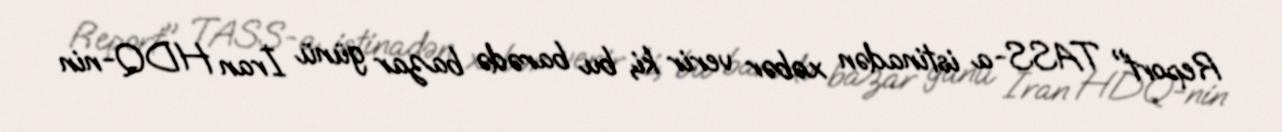
Report" TASS-a istinadən xəbər verir ki, bu barədə bazar günü İran HDQ-nin